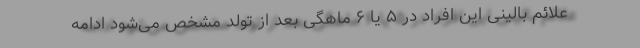
علائم بالینی این افراد در ۵ یا ۶ ماهگی بعد از تولد مشخص می‌شود ادامه